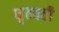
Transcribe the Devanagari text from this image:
धृतवती